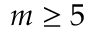
m \ge 5